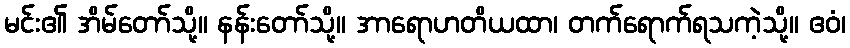
မင်း၏ အိမ်တော်သို့။ နန်းတော်သို့။ အာရောဟတိယထာ၊ တက်ရောက်ရသကဲ့သို့။ ဧဝံ၊